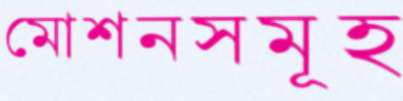
মোশনসমূহ